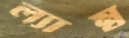
ল্যাম্ব